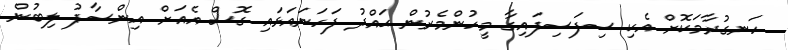
ހަނގުރާމަކޮށް އެކި ސިފަސިފައިގާ މީހުންމެރުން ޙައްދު ފަހަނައަޅައި ގޮސް އެއަށް އިންސާފު ލިބުން